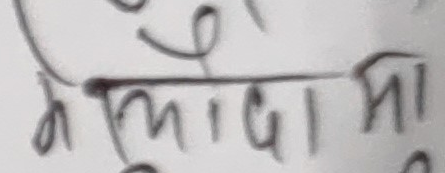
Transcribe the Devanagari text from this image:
मिलामा